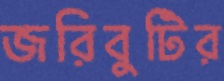
জরিবুটির